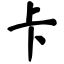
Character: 卡